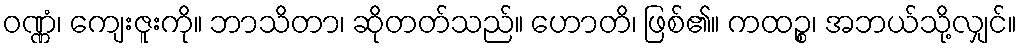
ဝဏ္ဏံ၊ ကျေးဇူးကို။ ဘာသိတာ၊ ဆိုတတ်သည်။ ဟောတိ၊ ဖြစ်၏။ ကထဉ္စ၊ အဘယ်သို့လျှင်။